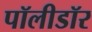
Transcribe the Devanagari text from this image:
पॉलीडॉर